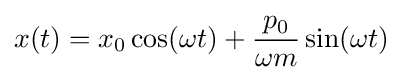
x(t)=x_{0}\cos(\omega t)+{\frac {p_{0}}{\omega m}}\sin(\omega t)